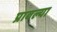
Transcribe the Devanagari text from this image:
प्रावल्या